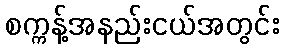
စက္ကန့်အနည်းငယ်အတွင်း